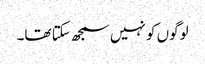
لوگوں کو نہیں سمجھ سکتا تھا۔